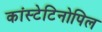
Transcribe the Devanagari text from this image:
कांस्टेटिनोपिल